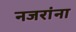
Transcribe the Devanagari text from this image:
नजरांना